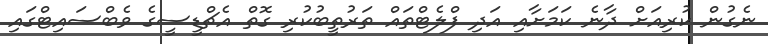
ނެގުން ކުރިއަށް ދާނެ ކަމަށާއި އަދި ފްލެޓްތައް ތަރުތީބުކުރި ގޮތް އެޗްޑީސީގެ ވެބްސައިޓްގައި